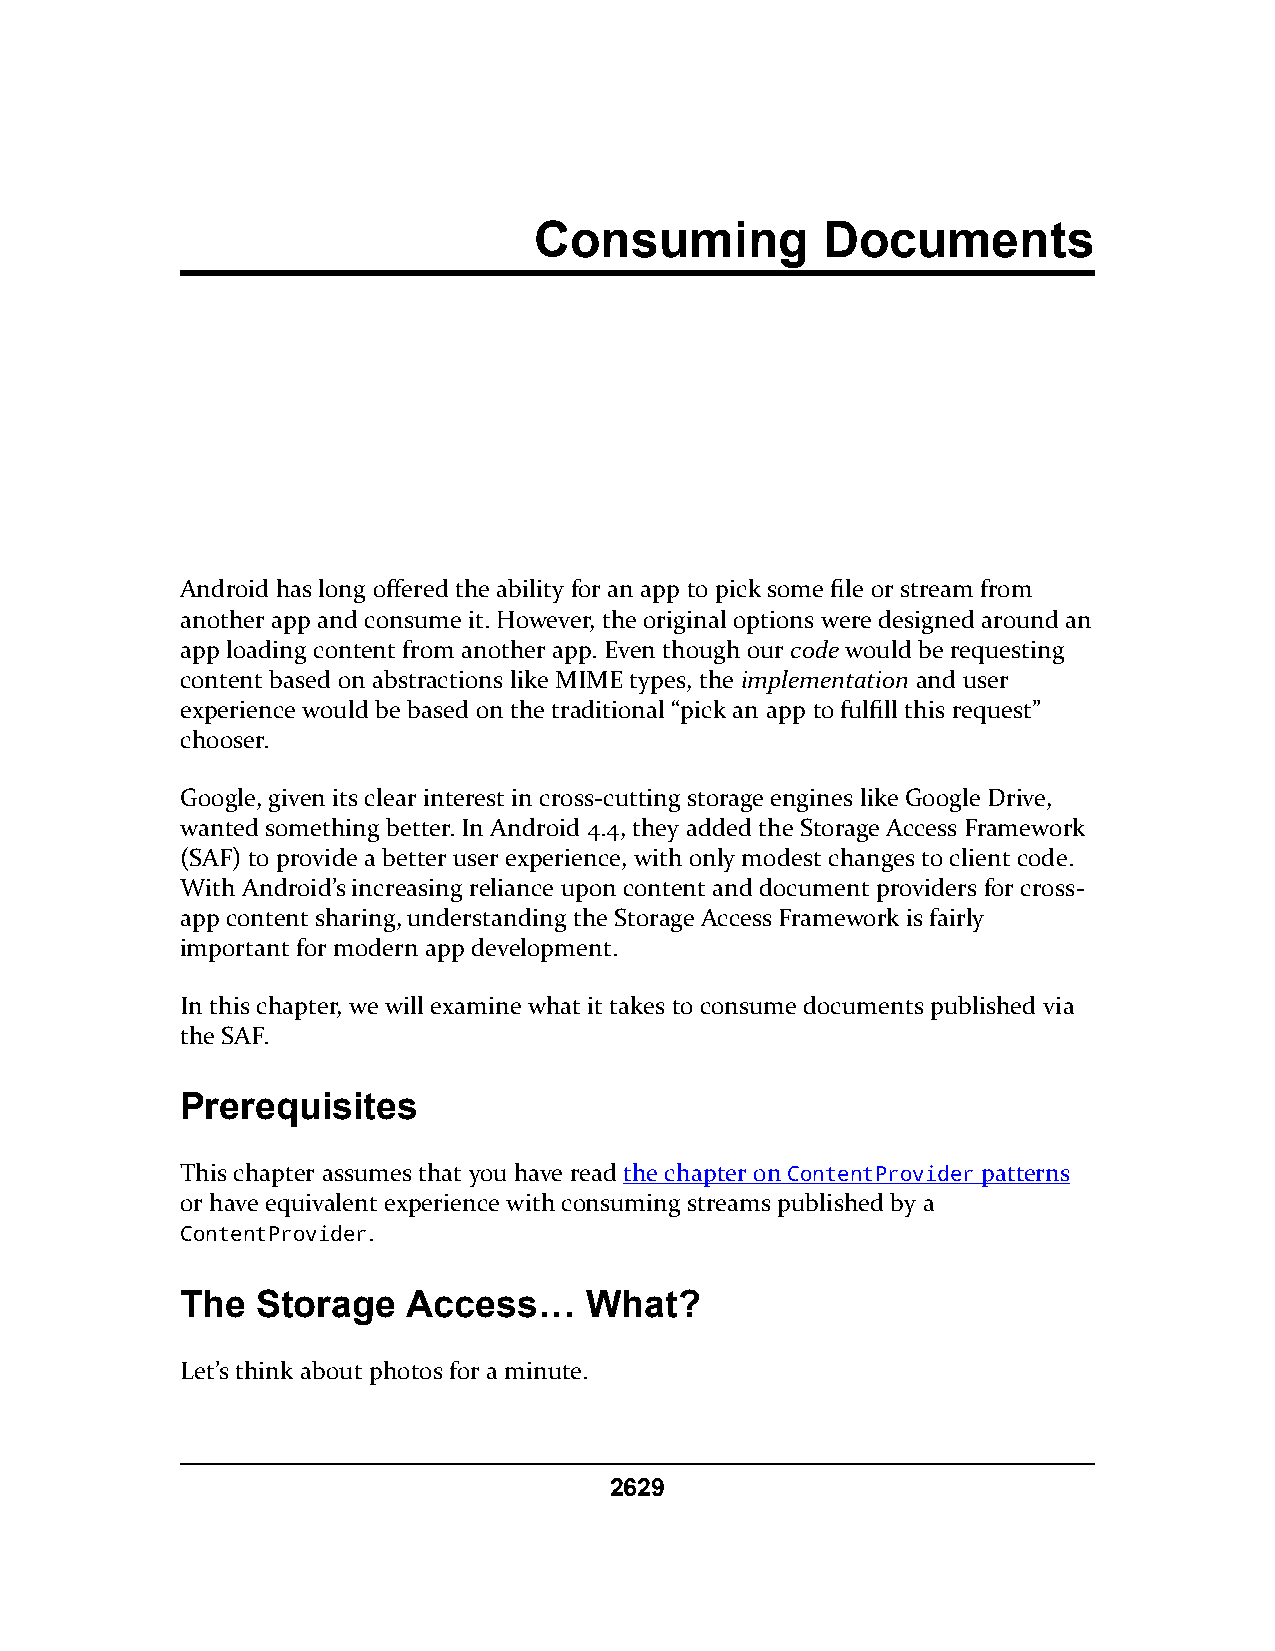
Consuming          Documents
 Android has long offered the ability for an app to pick some file or stream from
 another app and consume it. However, the original options were designed around an
 app loading content from another app. Even though our code would be requesting
 content based on abstractions like MIME types, the implementation and user
 experience would be based on the traditional “pick an app to fulfill this request”
 chooser.
 Google, given its clear interest in cross-cutting storage engines like Google Drive,
 wanted something better. In Android 4.4, they added the Storage Access Framework
 (SAF) to provide a better user experience, with only modest changes to client code.
 With Android’s increasing reliance upon content and document providers for cross-
 app content sharing, understanding the Storage Access Framework is fairly
 important for modern app development.
 In this chapter, we will examine what it takes to consume documents published via
 the SAF.
 Prerequisites
 This chapter assumes that you have read the chapter on ContentProvider patterns
 or have equivalent experience with consuming streams published by a
 ContentProvider.
 The  Storage   Access…     What?
 Let’s think about photos for a minute.
 2629